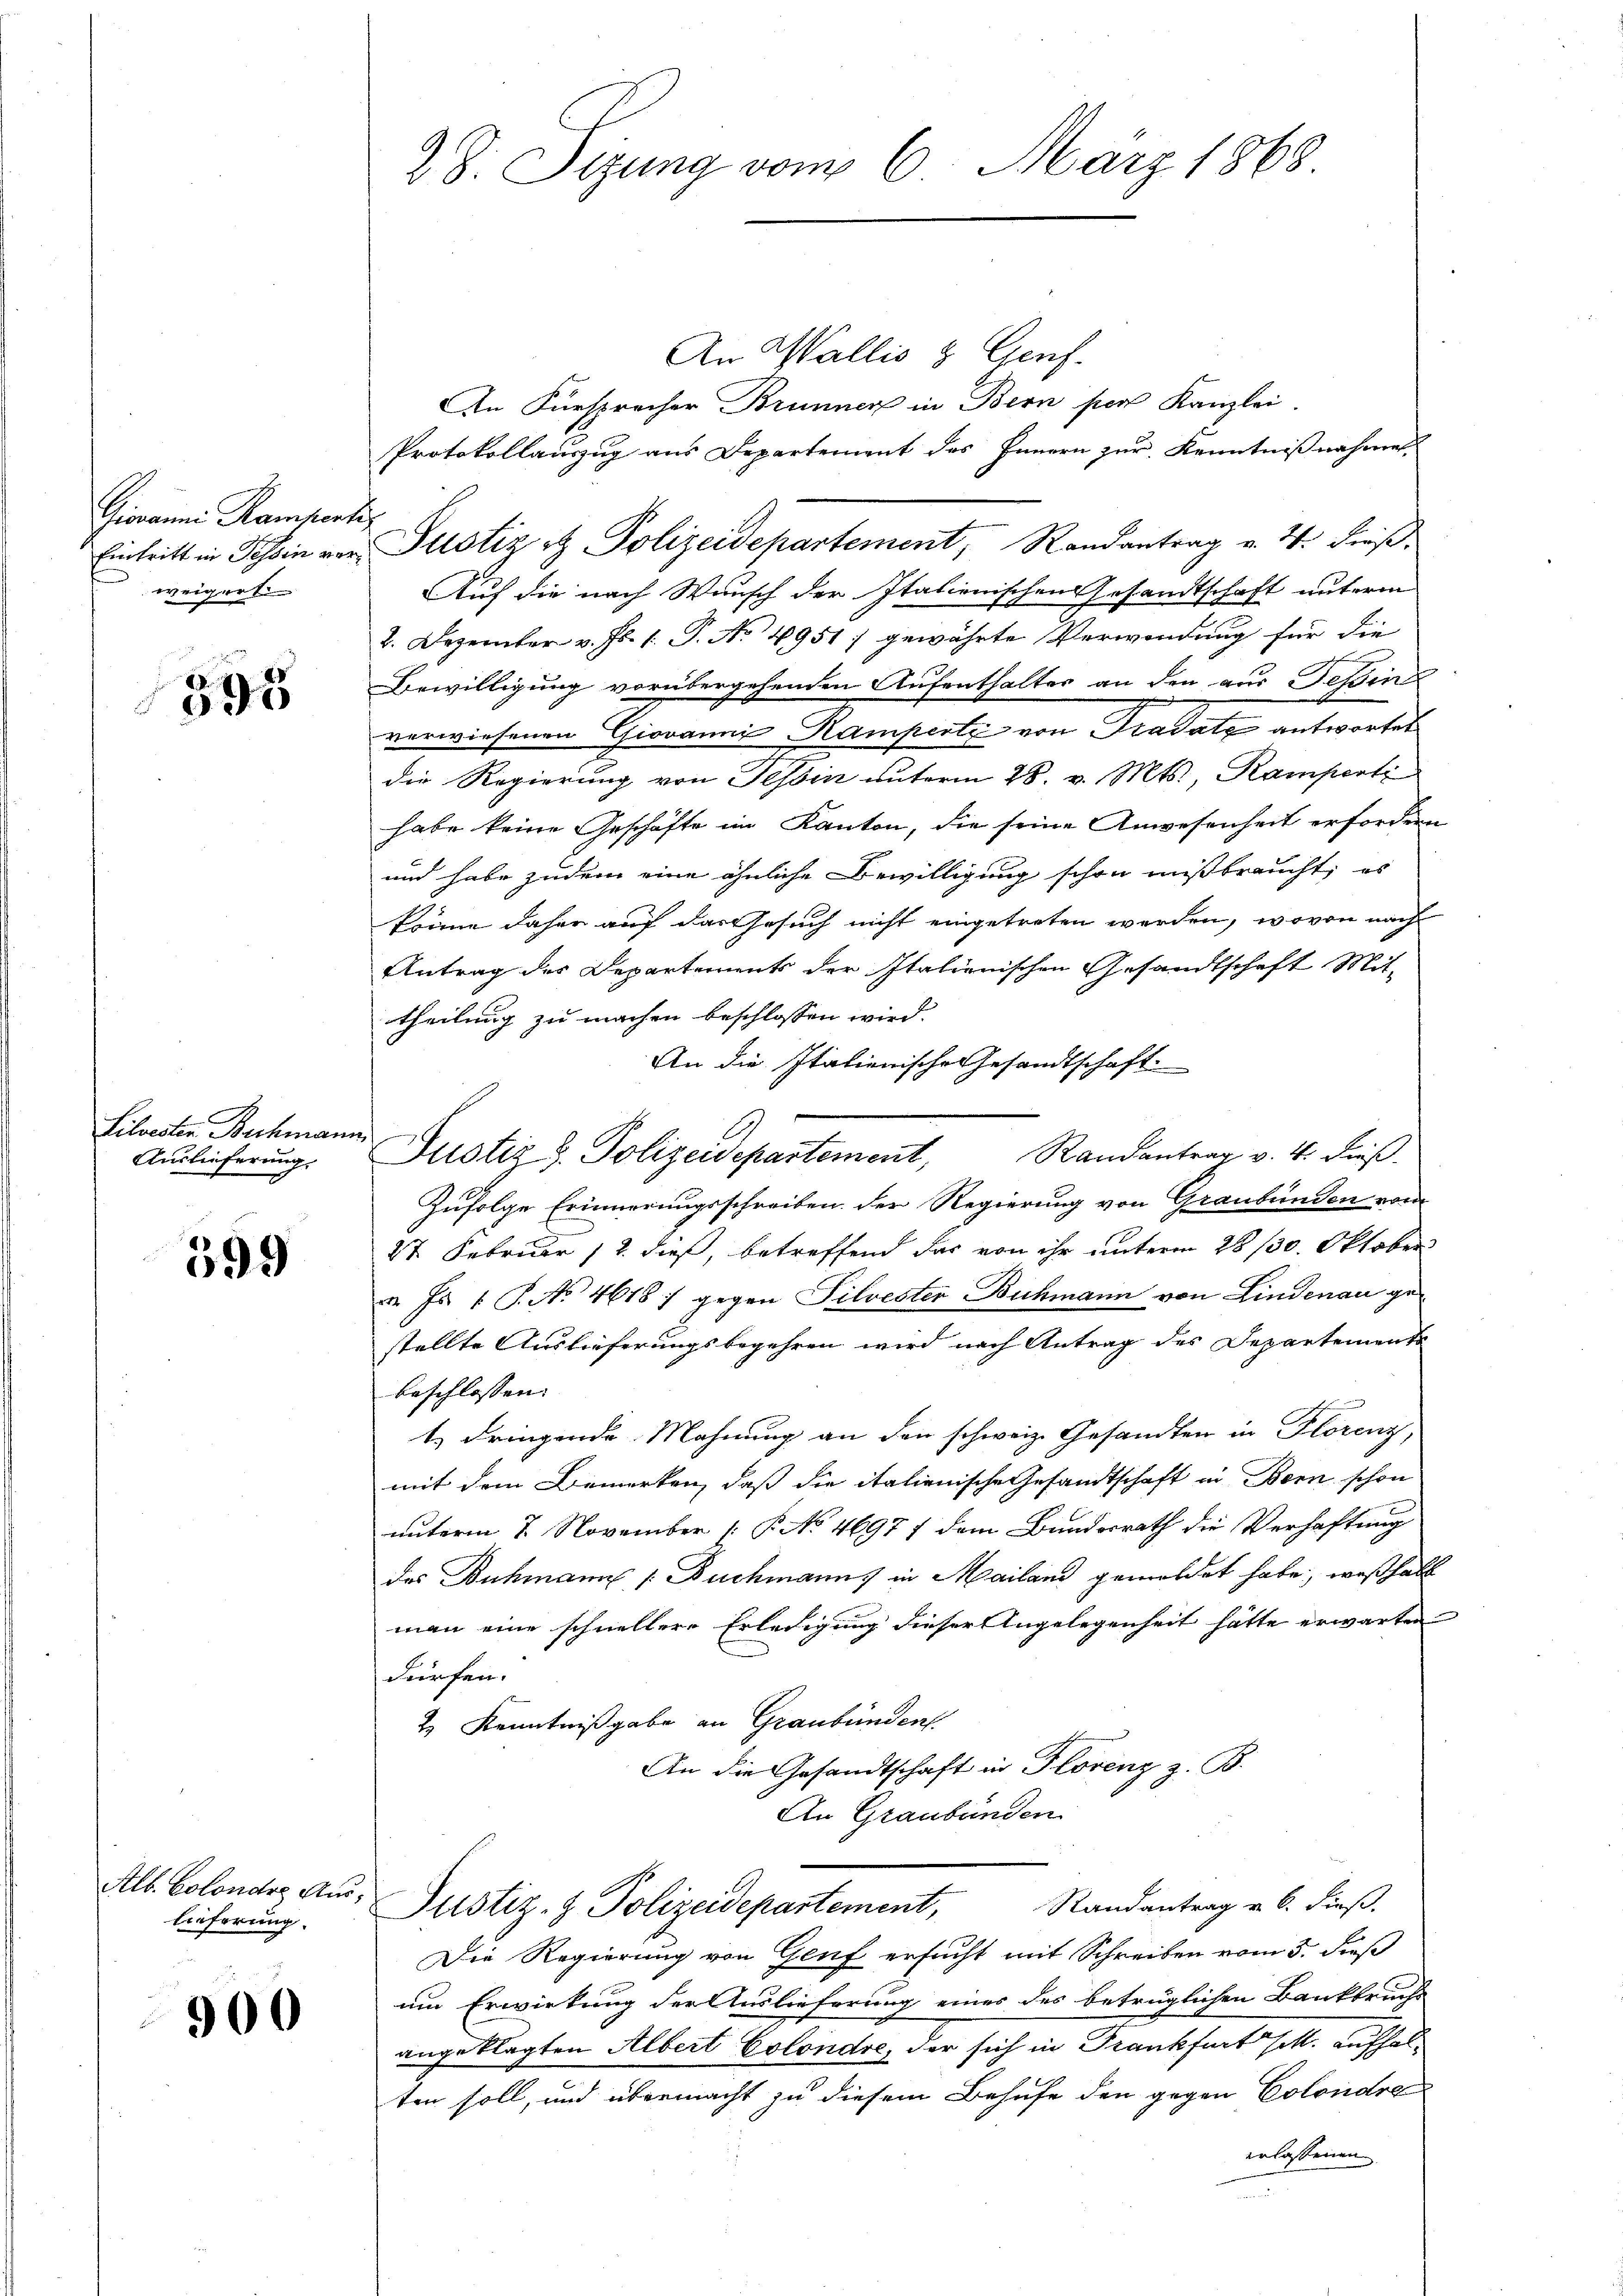
Giovanni Ramperte
weigert

895

Silvesten Buchmann
Auslieferung.

399

lieferung.

900

An Wallis & Genf.
An Fürspracher Brunnen in Bern per Kanzlei.
Protokollauszug aus Departement des Innern zur Kenntnißnahme.
Auf die nach Wunsch der Italienischen Gesandtschaft unterm
2. Dezember v. Js. 1. P. Nr. 4951) gewährte Verwendung für die
Bewilligung vorübergehenden Aufenthalter an den aus Tessin
verwiesenen Giovanni Kamperti von Gradate antwortet
die Regierung von Tessin unterm 28. v. Mts., Kamperti
habe keine Geschäfte im Kanton, die seine Anwesenheit erfordern
und habe zudem eine ähnliche Bewilligung schon mißbraucht, es
könne daher auf das Gesuch nicht eingetreten werden, wovon nach
Antrag des Departements der Italienischen Gesandtschaft Mit-
theilung zu machen beschlossen wird.
An die Italienische Gesandtschaft.
Randantrag v. 4. dieß.
Zufolge Erinnerungsschreiben der Regierung von Graubünden vom
27 Februar 17. dieß, betreffend das von ihr unterm 28/30. Oktober
. Fs. 1 S. No. 4618) gegen Silvester Buchmann von Lindenau gestellte Auslieferungsbegehren wird nach Antrag des Departements
beschlossen:
t dringende Mahnung an den schweiz. Gesandten in Florenz,
mit dem Bemerken, daß die italienische Gesandtschaft in Bern schon
unterm 2. November [P No 4697 f dem Bundesrath die Verhaftung
des Buchmann (: Buchmanns in Mailand gemeldet habe, weßhalb
man eine schnellere Erledigung dieser Angelegenheit hätte erwarten
dürfen.
2) Kenntnißgabe an Graubünden.
An die Gesandtschaft in Florenz z. B.
An Graubünden
Alb. Colonder Aus- Justiz- & Polizeidepartement,
Randantrag v. 6. dieß.
Die Regierung von Genf ersucht mit Schreiben vom 5. dieß
um Erwirkung der Auslieferung eines des betrüglichen Bankbruchs
angeklagten Albert Colondre, der sich in Frankfurt sittl. aufhalten soll, und übermacht zu diesem Behufe den gegen Colondre
erlassenen

Z. J. Sizung vom 6. März 1868.

Eintritt in Schein vor Justiz & Polizeidepartement, Randantrag v. 4. dieß¬

u Justiz & Polizeidepartement,